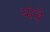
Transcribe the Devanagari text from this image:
यांवे